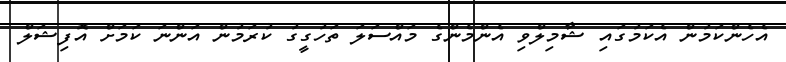
އެހެންކަމުން އެކަމުގައި ޝާމިލްވި އެންމެންގެ މައްސަލަ ތަހުގީގު ކުރަމުން އަންނަ ކަމަށް އޮފިޝަލް